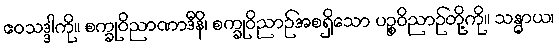
ဧဝသဒ္ဒါကို။ စက္ခုဝိညာဏာဒီနိ၊ စက္ခုဝိညာဉ်အစရှိသော ပဉ္စဝိညာဉ်တို့ကို။ သန္ဓာယ၊